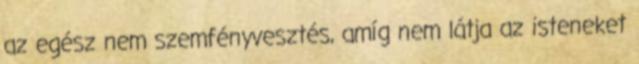
az egész nem szemfényvesztés, amíg nem látja az isteneket